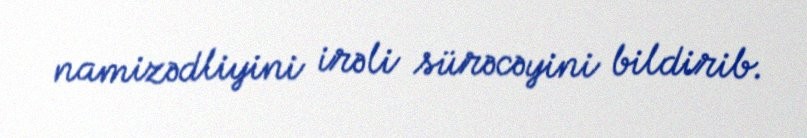
namizədliyini irəli sürəcəyini bildirib.